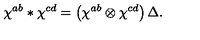
\chi ^ { a b } \ast \chi ^ { c d } = \left( \chi ^ { a b } \otimes \chi ^ { c d } \right) \Delta .